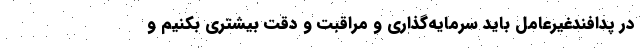
در پدافندغیرعامل باید سرمایه‌گذاری و مراقبت و دقت بیشتری بکنیم و